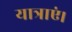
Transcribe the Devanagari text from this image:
यात्राएं।